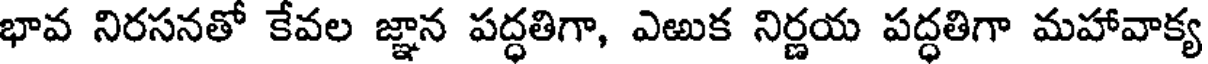
భావ నిరసనతో కేవల జ్ఞాన పద్ధతిగా, ఎఱుక నిర్ణయ పద్ధతిగా మహావాక్య